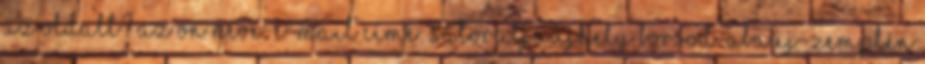
az oldalt? Az Ön neve: E-mail címe: Sátoraljaújhely Borsod-Abaúj-Zemplén